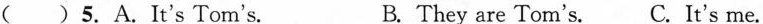
( )5. A.It's Tom's. B. They are Tom's. C. It's me.